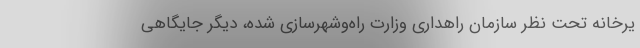
یرخانه تحت نظر سازمان راهداری وزارت راه‌وشهرسازی شده، دیگر جایگاهی